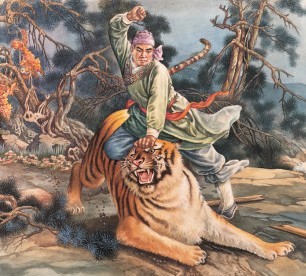
善战者，立于不败之地，而不失敌之败也。